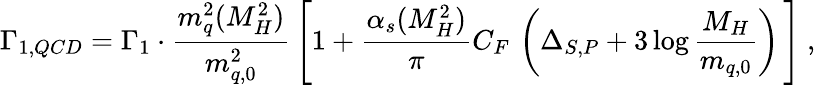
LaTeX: \Gamma_{1,QCD}=\Gamma_{1}\cdot\frac{m_{q}^{2}(M_{H}^{2})}{m_{q,0}^{2}}\, \left[1+\frac{\alpha_{s}(M_{H}^{2})}{\pi}C_{F}\, \left(\Delta_{S,P}+3\log\frac{M_{H}}{m_{q,0}}\right)\, \right]\ ,